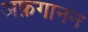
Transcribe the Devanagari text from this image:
अफ़गानन